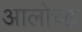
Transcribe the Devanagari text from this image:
आलोच्ह्न